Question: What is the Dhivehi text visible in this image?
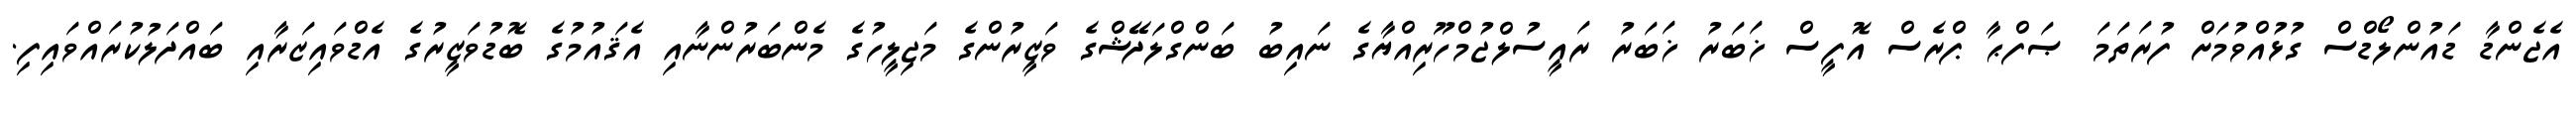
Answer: އެޖެންޑާ ޑައުންލޯޑްސް ގުޅުއްވުމަށް ފުރަތަމަ ޞަފްޙާ ޕްރެސް އޮފީސް ޚަބަރު ޚަބަރު ރައީސުލްޖުމްހޫރިއްޔާގެ ނައިބު ބަންގްލަދޭޝްގެ ވަޒީރުންގެ މަޖިލީހުގެ މެންބަރުންނާއި އެޤައުމުގެ ބޮޑުވަޒީރުގެ އެޑްވައިޒަރާއި ބައްދަލުކުރައްވައިފި.